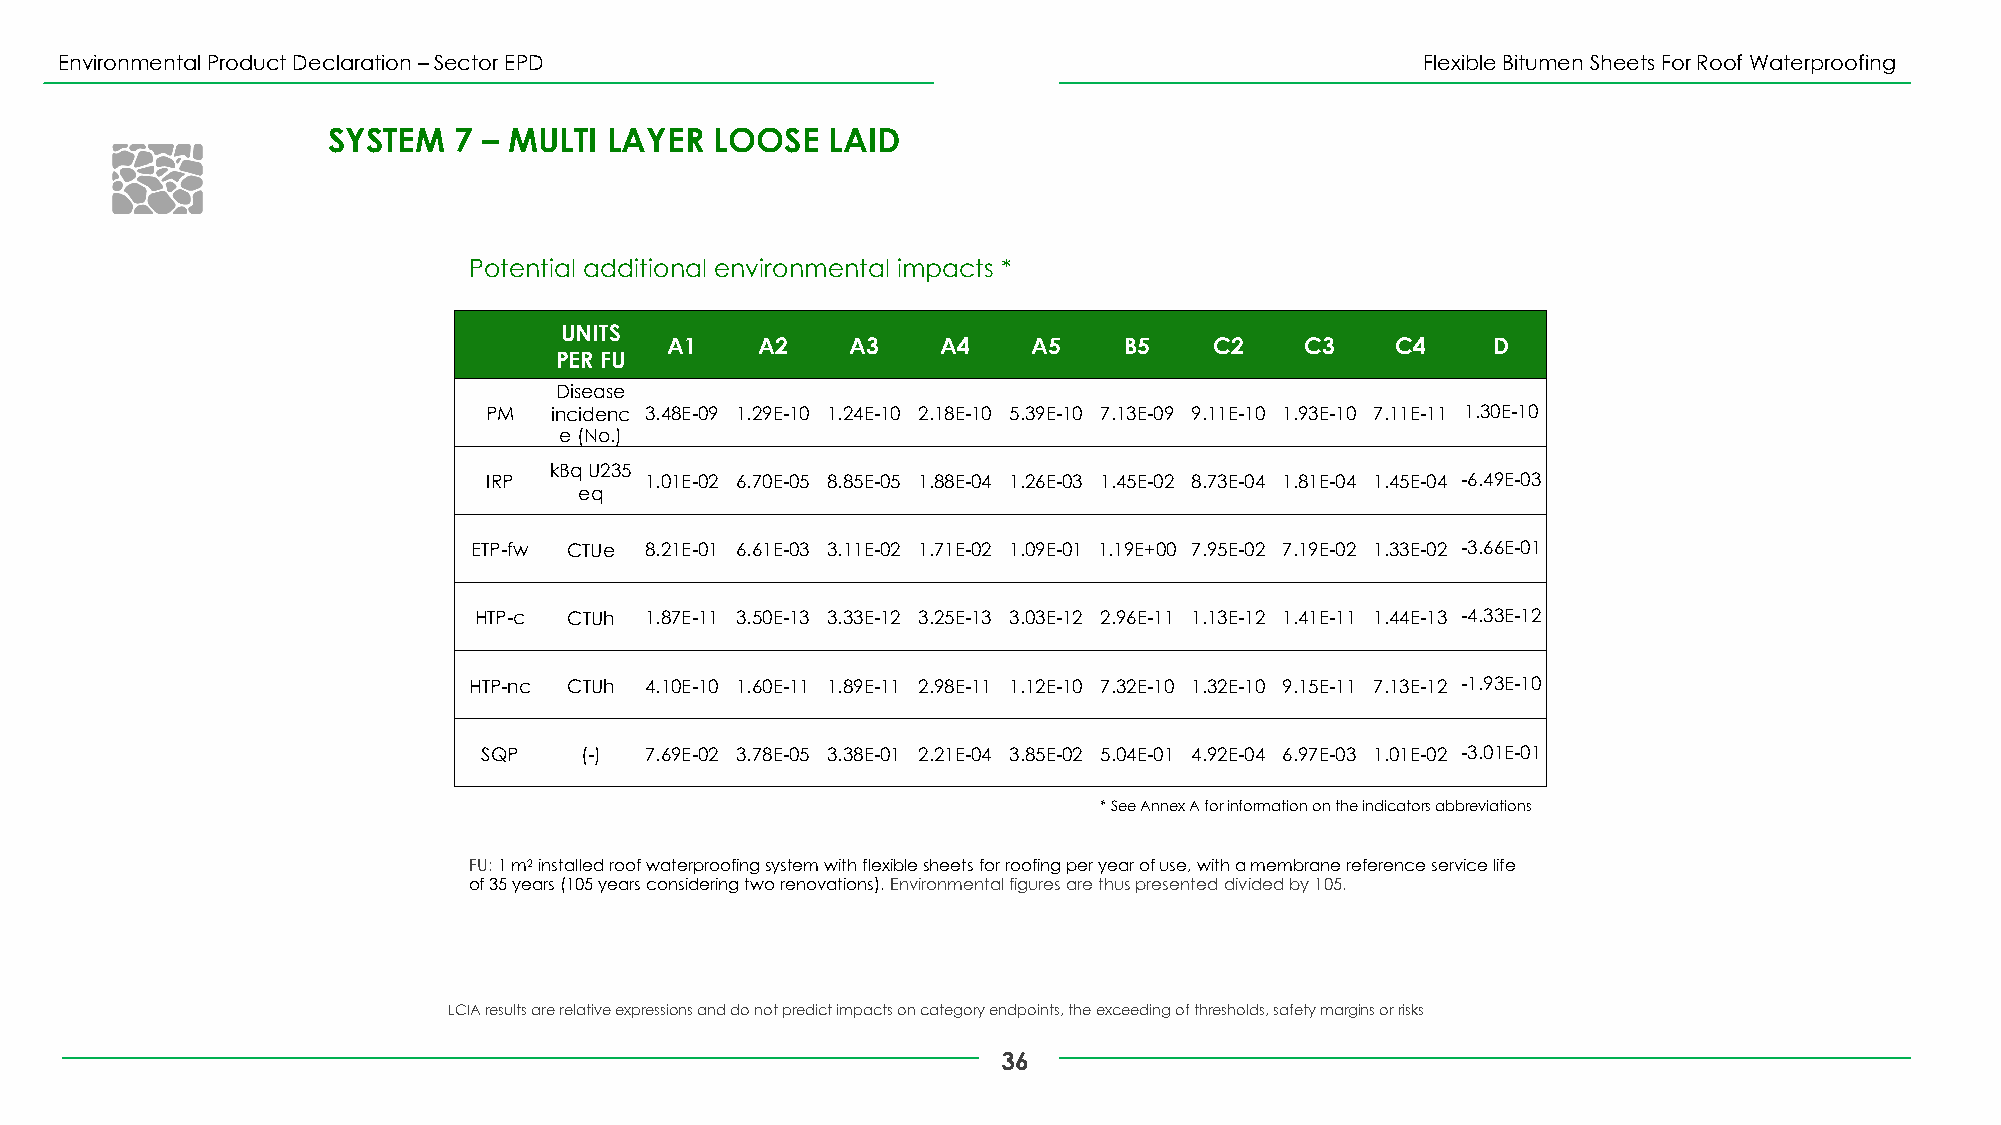
Environmental Product Declaration –Sector EPD                                             Flexible Bitumen Sheets For Roof Waterproofing
 SYSTEM  7 – MULTI LAYER  LOOSE   LAID
 Potential additional environmental impacts *
 UNITS
 A1    A2    A3    A4    A5    B5    C2    C3    C4     D
 PER FU
 Disease
 PM  incidenc 3.48E-09 1.29E-10 1.24E-10 2.18E-10 5.39E-10 7.13E-09 9.11E-10 1.93E-10 7.11E-11 1.30E-10
 e(No.)
 kBqU235
 IRP        1.01E-02 6.70E-05 8.85E-05 1.88E-04 1.26E-03 1.45E-02 8.73E-04 1.81E-04 1.45E-04 -6.49E-03
 eq
 ETP-fw CTUe 8.21E-01 6.61E-03 3.11E-02 1.71E-02 1.09E-01 1.19E+00 7.95E-02 7.19E-02 1.33E-02 -3.66E-01
 HTP-c  CTUh 1.87E-11 3.50E-13 3.33E-12 3.25E-13 3.03E-12 2.96E-11 1.13E-12 1.41E-11 1.44E-13 -4.33E-12
 HTP-nc CTUh 4.10E-10 1.60E-11 1.89E-11 2.98E-11 1.12E-10 7.32E-10 1.32E-10 9.15E-11 7.13E-12 -1.93E-10
 SQP   (-)  7.69E-02 3.78E-05 3.38E-01 2.21E-04 3.85E-02 5.04E-01 4.92E-04 6.97E-03 1.01E-02 -3.01E-01
 * See Annex A for information on the indicators abbreviations
 FU: 1 m2installed roof waterproofing system with flexible sheets for roofing per year of use, with a membrane reference service life
 of 35 years (105 years considering two renovations). Environmental figures are thus presented divided by 105.
 LCIA results are relative expressions and do not predict impacts on category endpoints, the exceeding of thresholds, safety margins or risks
 36